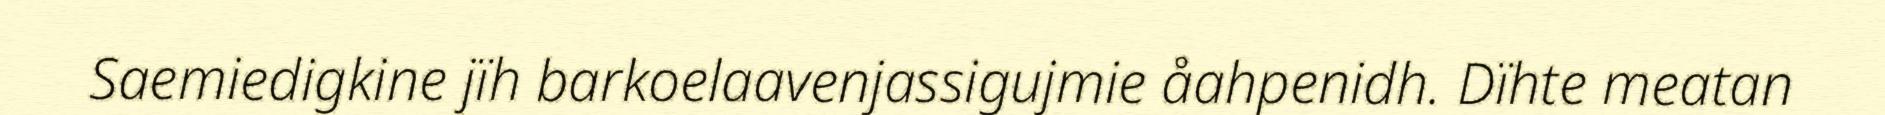
Saemiedigkine jïh barkoelaavenjassigujmie åahpenidh. Dïhte meatan